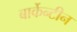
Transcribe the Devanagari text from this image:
बार्केन्टीन